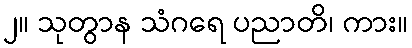
၂။ သုတွာန သံဂရေ ပညာတိ၊ ကား။